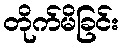
တိုက်မိခြင်း